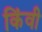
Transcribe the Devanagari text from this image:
किंवी